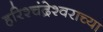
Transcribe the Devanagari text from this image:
हरिश्चंद्रेश्वराच्या